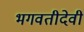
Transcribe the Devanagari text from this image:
भगवतीदेवी